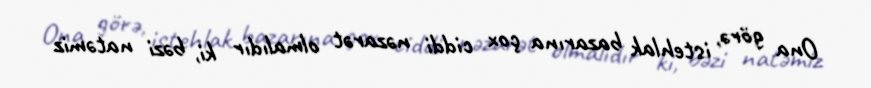
Ona görə, istehlak bazarına çox ciddi nəzarət olmalıdır ki, bəzi natəmiz